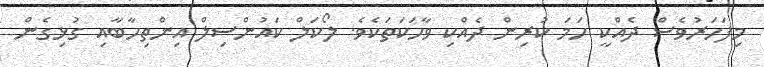
މިފަހަރުވެސް ދެއްކީ ހަމަ ކުރިން ދެއްކި ވާހަކަތަކެވެ. ލޯކަލް ކައުންސިލް އިންތިހާބާއި ގުޅިގެން